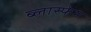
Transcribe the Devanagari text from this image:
ब्लास्फेम